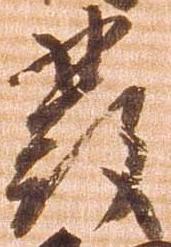
発